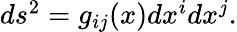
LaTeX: \begin{array}{r}{ds^{2}=g_{ij}(x)dx^{i}dx^{j}.}\end{array}